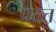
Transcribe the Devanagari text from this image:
पदत्त